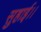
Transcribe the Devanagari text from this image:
सुहाई।।